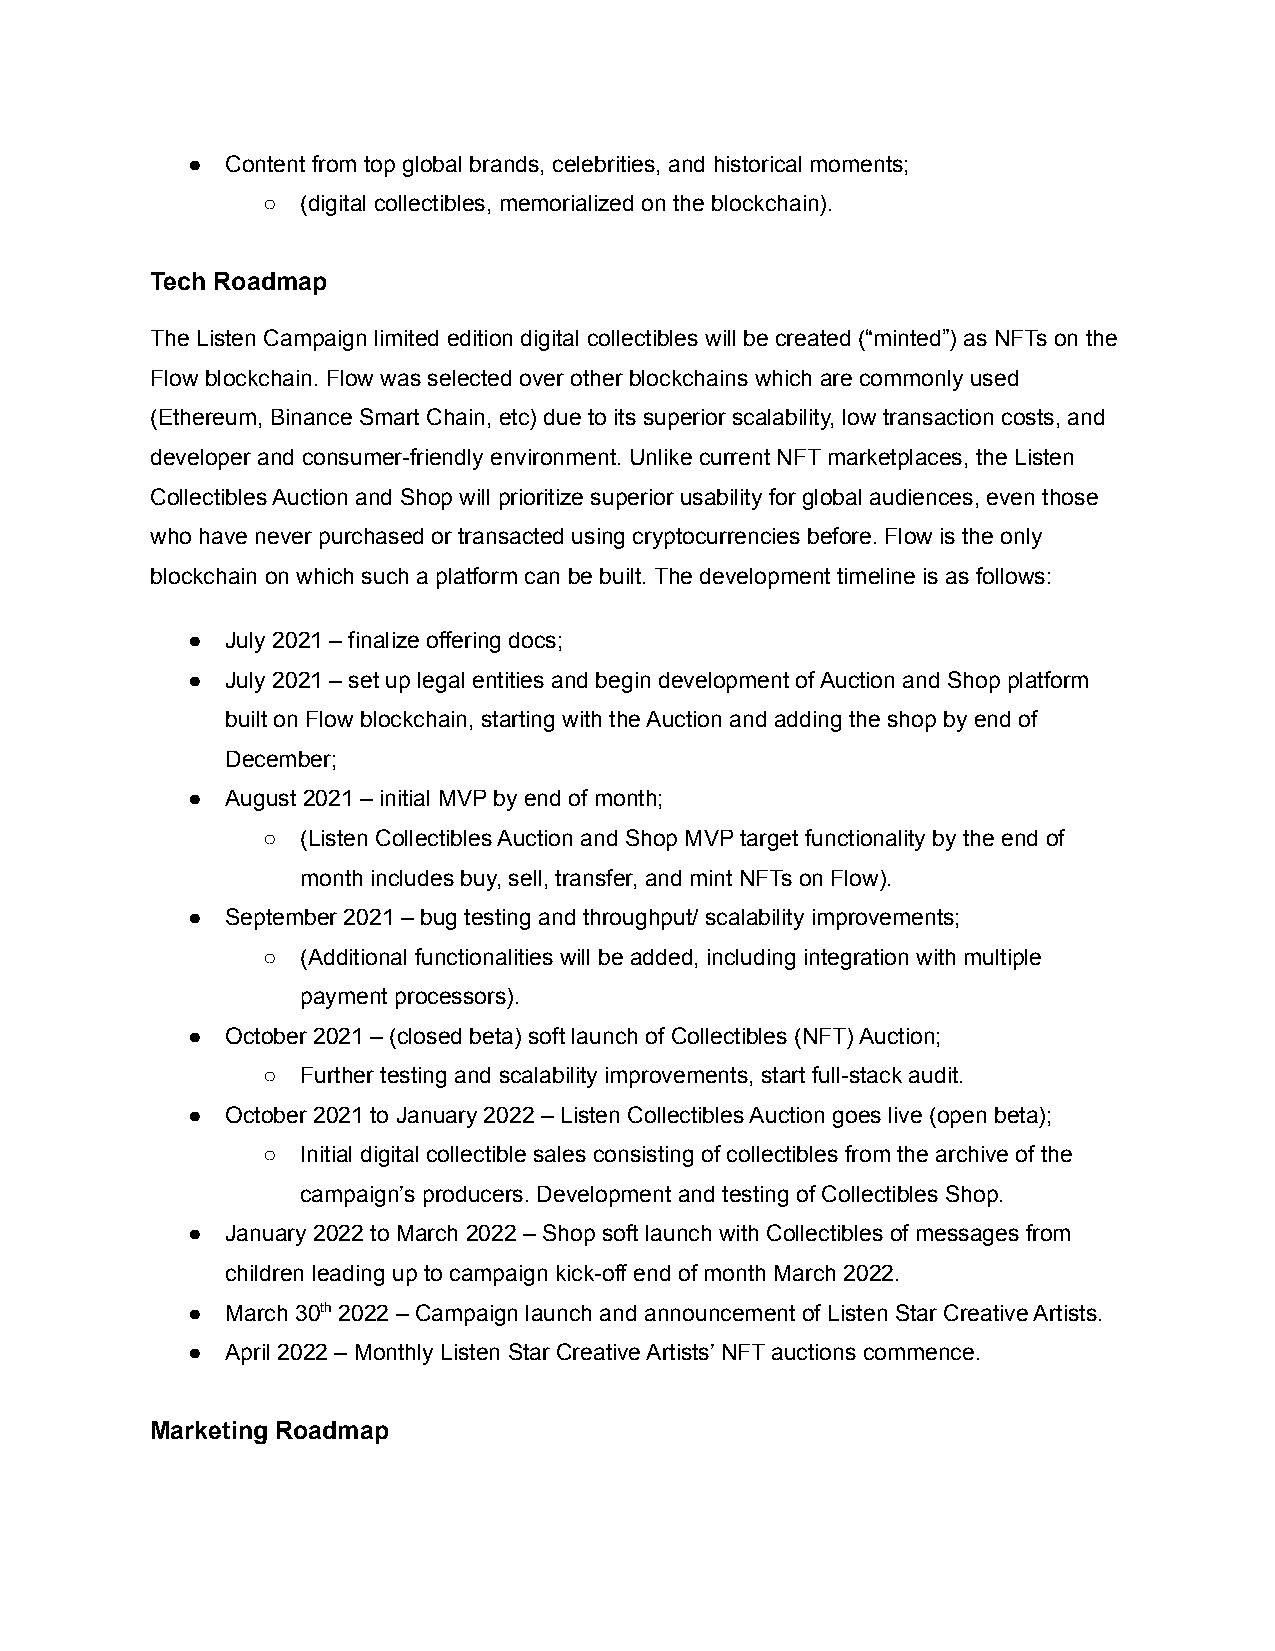
●  Content from top global brands, celebrities, and historical moments;
 ○  (digital collectibles, memorialized on the blockchain).
 Tech Roadmap
 The Listen Campaign limited edition digital collectibles will be created (“minted”) as NFTs on the
 Flow blockchain. Flow was selected over other blockchains which are commonly used
 (Ethereum, Binance Smart Chain, etc) due to its superior scalability, low transaction costs, and
 developer and consumer-friendly environment. Unlike current NFT marketplaces, the Listen
 Collectibles Auction and Shop will prioritize superior usability for global audiences, even those
 who have never purchased or transacted using cryptocurrencies before. Flow is the only
 blockchain on which such a platform can be built. The development timeline is as follows:
 ●  July 2021 – finalize offering docs;
 ●  July 2021 – set up legal entities and begin development of Auction and Shop platform
 built on Flow blockchain, starting with the Auction and adding the shop by end of
 December;
 ●  August 2021 – initial MVP by end of month;
 ○  (Listen Collectibles Auction and Shop MVP target functionality by the end of
 month includes buy, sell, transfer, and mint NFTs on Flow).
 ●  September 2021 – bug testing and throughput/ scalability improvements;
 ○  (Additional functionalities will be added, including integration with multiple
 payment processors).
 ●  October 2021 – (closed beta) soft launch of Collectibles (NFT) Auction;
 ○  Further testing and scalability improvements, start full-stack audit.
 ●  October 2021 to January 2022 – Listen Collectibles Auction goes live (open beta);
 ○  Initial digital collectible sales consisting of collectibles from the archive of the
 campaign’s producers. Development and testing of Collectibles Shop.
 ●  January 2022 to March 2022 – Shop soft launch with Collectibles of messages from
 children leading up to campaign kick-off end of month March 2022.
 ●  March 30th 2022 – Campaign launch and announcement of Listen Star Creative Artists.
 ●  April 2022 – Monthly Listen Star Creative Artists’ NFT auctions commence.
 Marketing Roadmap